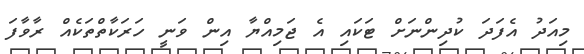
މިއަދު އެފަދަ ކުދިންނަށް ޓަކައި އެ ޖަމިއްޔާ އިން ވަނީ ހަރަކާތްތަކެއް ރާވާފަ